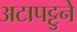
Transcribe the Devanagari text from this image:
अटापट्टुने